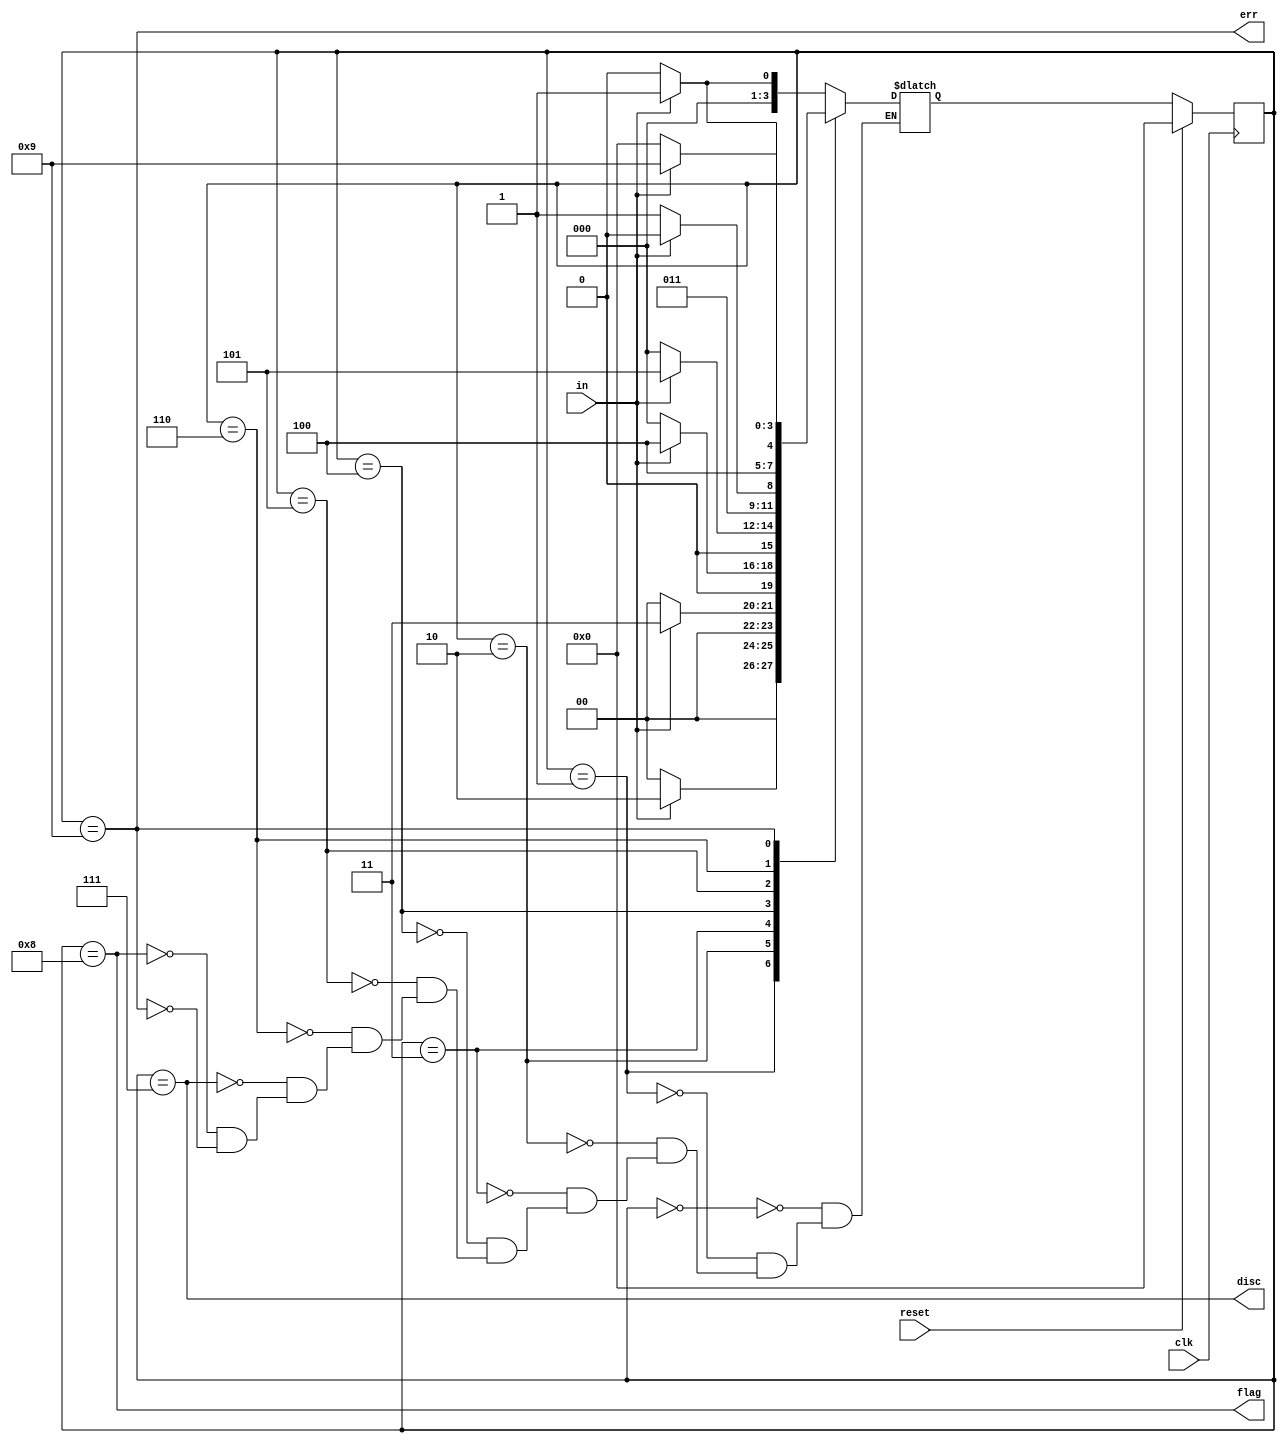
module top_module(
    input clk,
    input reset,    // Synchronous reset
    input in,
    output disc,
    output flag,
    output err);
    
    parameter NONE = 0 , S1 = 1 , S2 = 2 , S3 = 3 , S4 = 4 ;
    parameter S5 = 5 ,S6= 6 , DISCARD = 7 , FLAG = 8 , ERROR = 9 ;
    reg [3:0] cstate , nstate ;
    
    always @(posedge clk) begin
        if(reset) begin
            cstate <= NONE ;
        end
        else begin
            cstate <= nstate ;
        end
    end
    
    always @(*) begin
        case (cstate) 
            NONE : nstate = in ? S1 : NONE ;
            S1   : nstate = in ? S2 : NONE ;
            S2   : nstate = in ? S3 : NONE ;
            S3   : nstate = in ? S4 : NONE ;
            S4   : nstate = in ? S5 : NONE ;
            S5   : nstate = in ? S6 : DISCARD ;
            S6   : nstate = in ? ERROR : FLAG ;
            DISCARD : nstate = in ?  S1 : NONE ;
            FLAG : nstate = in ? S1 : NONE ;
            ERROR : nstate = in ? ERROR : NONE ;
        endcase
    end
    
    assign disc = (cstate == DISCARD) ;
    assign flag = (cstate == FLAG) ;
    assign err  = (cstate == ERROR) ;
    

endmodule